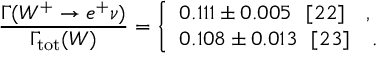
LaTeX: \frac { \Gamma ( W ^ { + } \to e ^ { + } \nu ) } { \Gamma _ { \mathrm { t o t } } ( W ) } = \left\{ \begin{array} { l } { { 0 . 1 1 1 \pm 0 . 0 0 5 ~ ~ [ 2 2 ] ~ ~ ~ , } } \\ { { 0 . 1 0 8 \pm 0 . 0 1 3 ~ ~ [ 2 3 ] ~ ~ ~ . } } \end{array} \right.